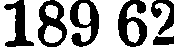
189 62